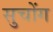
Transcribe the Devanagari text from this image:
सुचोंग